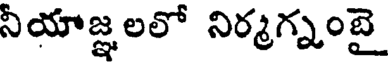
నీయాజ్ఞలలో నిర్మగ్నంబై